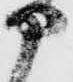
部